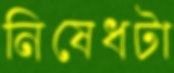
নিষেধটা